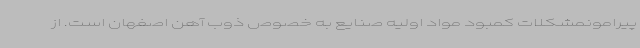
پیرامونمشکلات کمبود مواد اولیه صنایع به خصوص ذوب آهن اصفهان است. از